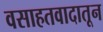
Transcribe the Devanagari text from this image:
वसाहतवादातून